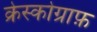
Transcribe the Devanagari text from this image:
क्रेस्कोग्राफ़